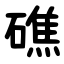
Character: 礁